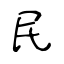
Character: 民